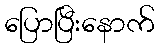
ပြောပြီးနောက်